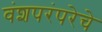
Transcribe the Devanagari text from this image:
वंशपरंपरेचे